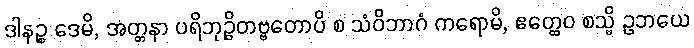
ဒါနဉ္စ ဒေမိ, အတ္တနာ ပရိဘုဉ္ဇိတဗ္ဗတောပိ စ သံဝိဘာဂံ ကရောမိ, ဧတ္ထေဝ စသ္မိ ဥဘယေ